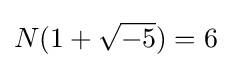
N(1+{\sqrt {-5}})=6